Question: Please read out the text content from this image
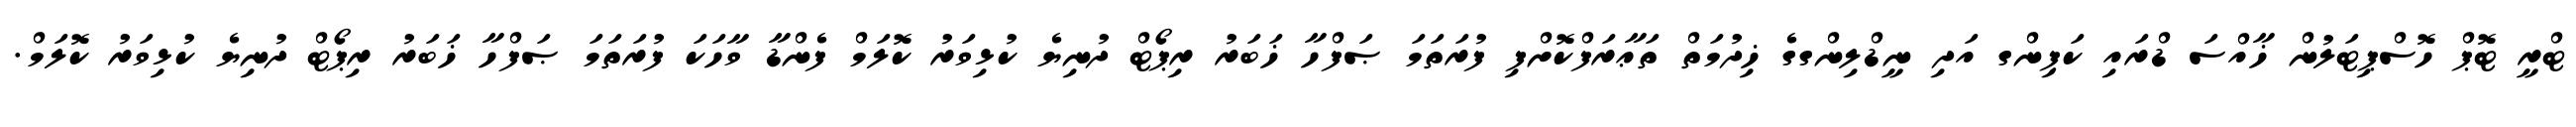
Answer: ޓްރީ ޓޮޕް ހޮސްޕިޓަލުން ޚާއްސަ ޑްރައި ކަޕިންގ އަދި ނީޑްލިންގގެ ޚިދުމަތް ތަޢާރަފްކޮށްފި ފުރަތަމަ ޞަފްހާ ޚަބަރު ރިޕޯޓް ދުނިޔެ ކުޅިވަރު ކޮލަމް ފެންޑާ ވާހަކަ ފުރަތަމަ ޞަފްހާ ޚަބަރު ރިޕޯޓް ދުނިޔެ ކުޅިވަރު ކޮލަމް.